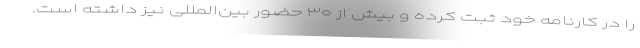
را در کارنامه خود ثبت کرده و بیش از ۳۰ حضور بین‌المللی نیز داشته است.